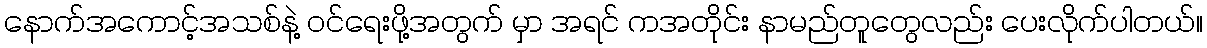
နောက်အကောင့်အသစ်နဲ့ ဝင်ရေးဖို့အတွက် မှာ အရင် ကအတိုင်း နာမည်တူတွေလည်း ပေးလိုက်ပါတယ်။